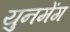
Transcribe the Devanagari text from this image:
युनमेंग